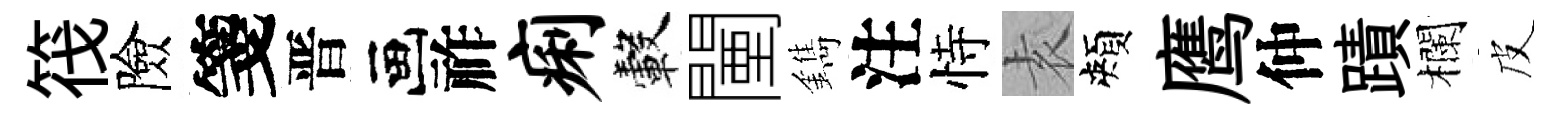
筏險箋晋画祚痢轂闉鐫注恃𡊮頰鹰仲蹟欄皮